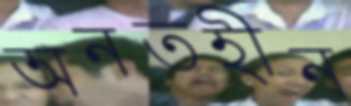
অনতহীন